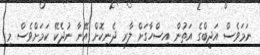
ނަމަވެސް އަދީބްގެ އަތުން އިސްހާގަށް ލާރި ދެނިކޮށް އޭނާ ނުދެކޭ ކަމަށްވެސް މި